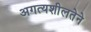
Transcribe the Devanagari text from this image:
अगत्यशीलतेने